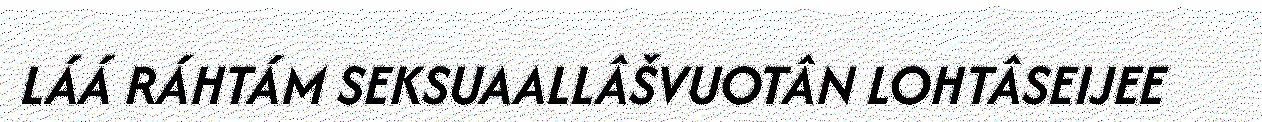
LÁÁ RÁHTÁM SEKSUAALLÂŠVUOTÂN LOHTÂSEIJEE